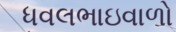
ધવલભાઇવાળો